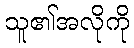
သူ၏အလိုကို